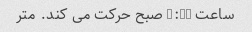
ساعت 9:30 صبح حرکت می کند. متر